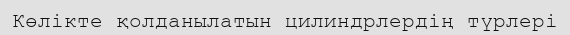
Көлікте қолданылатын цилиндрлердің түрлері